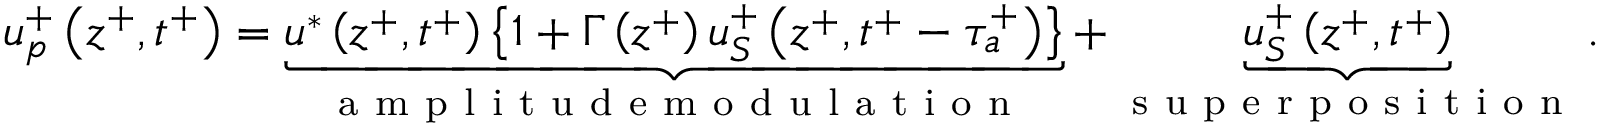
u _ { p } ^ { + } \left( z ^ { + } , t ^ { + } \right) = \underbrace { u ^ { * } \left( z ^ { + } , t ^ { + } \right) \left\{ 1 + \Gamma \left( z ^ { + } \right) u _ { S } ^ { + } \left( z ^ { + } , t ^ { + } - \tau _ { a } ^ { + } \right) \right\} } _ { \mathrm { ~ a ~ m ~ p ~ l ~ i ~ t ~ u ~ d ~ e ~ m ~ o ~ d ~ u ~ l ~ a ~ t ~ i ~ o ~ n ~ } } + \underbrace { u _ { S } ^ { + } \left( z ^ { + } , t ^ { + } \right) } _ { \mathrm { ~ s ~ u ~ p ~ e ~ r ~ p ~ o ~ s ~ i ~ t ~ i ~ o ~ n ~ } } .